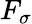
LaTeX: F_{\sigma}